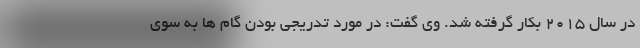
در سال ۲۰۱۵ بکار گرفته شد. وی گفت: در مورد تدریجی بودن گام ها به سوی